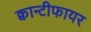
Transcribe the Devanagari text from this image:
क्वान्टीफायर